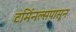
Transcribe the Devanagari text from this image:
टर्मिनल्सपासून